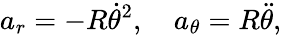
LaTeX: a_{r}=-R{\dot{\theta}}^{2},\quad a_{\theta}=R{\ddot{\theta}},